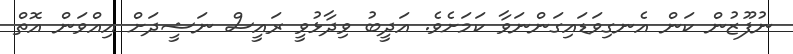
ނުފޫޒުން ކަން އެނގިވަޑައިގަންނަވާ ކަމަށެވެ. އަދީބު ވިދާޅުވީ ރައީސް ނަޝީދަށް އިއްވަން އޮތް